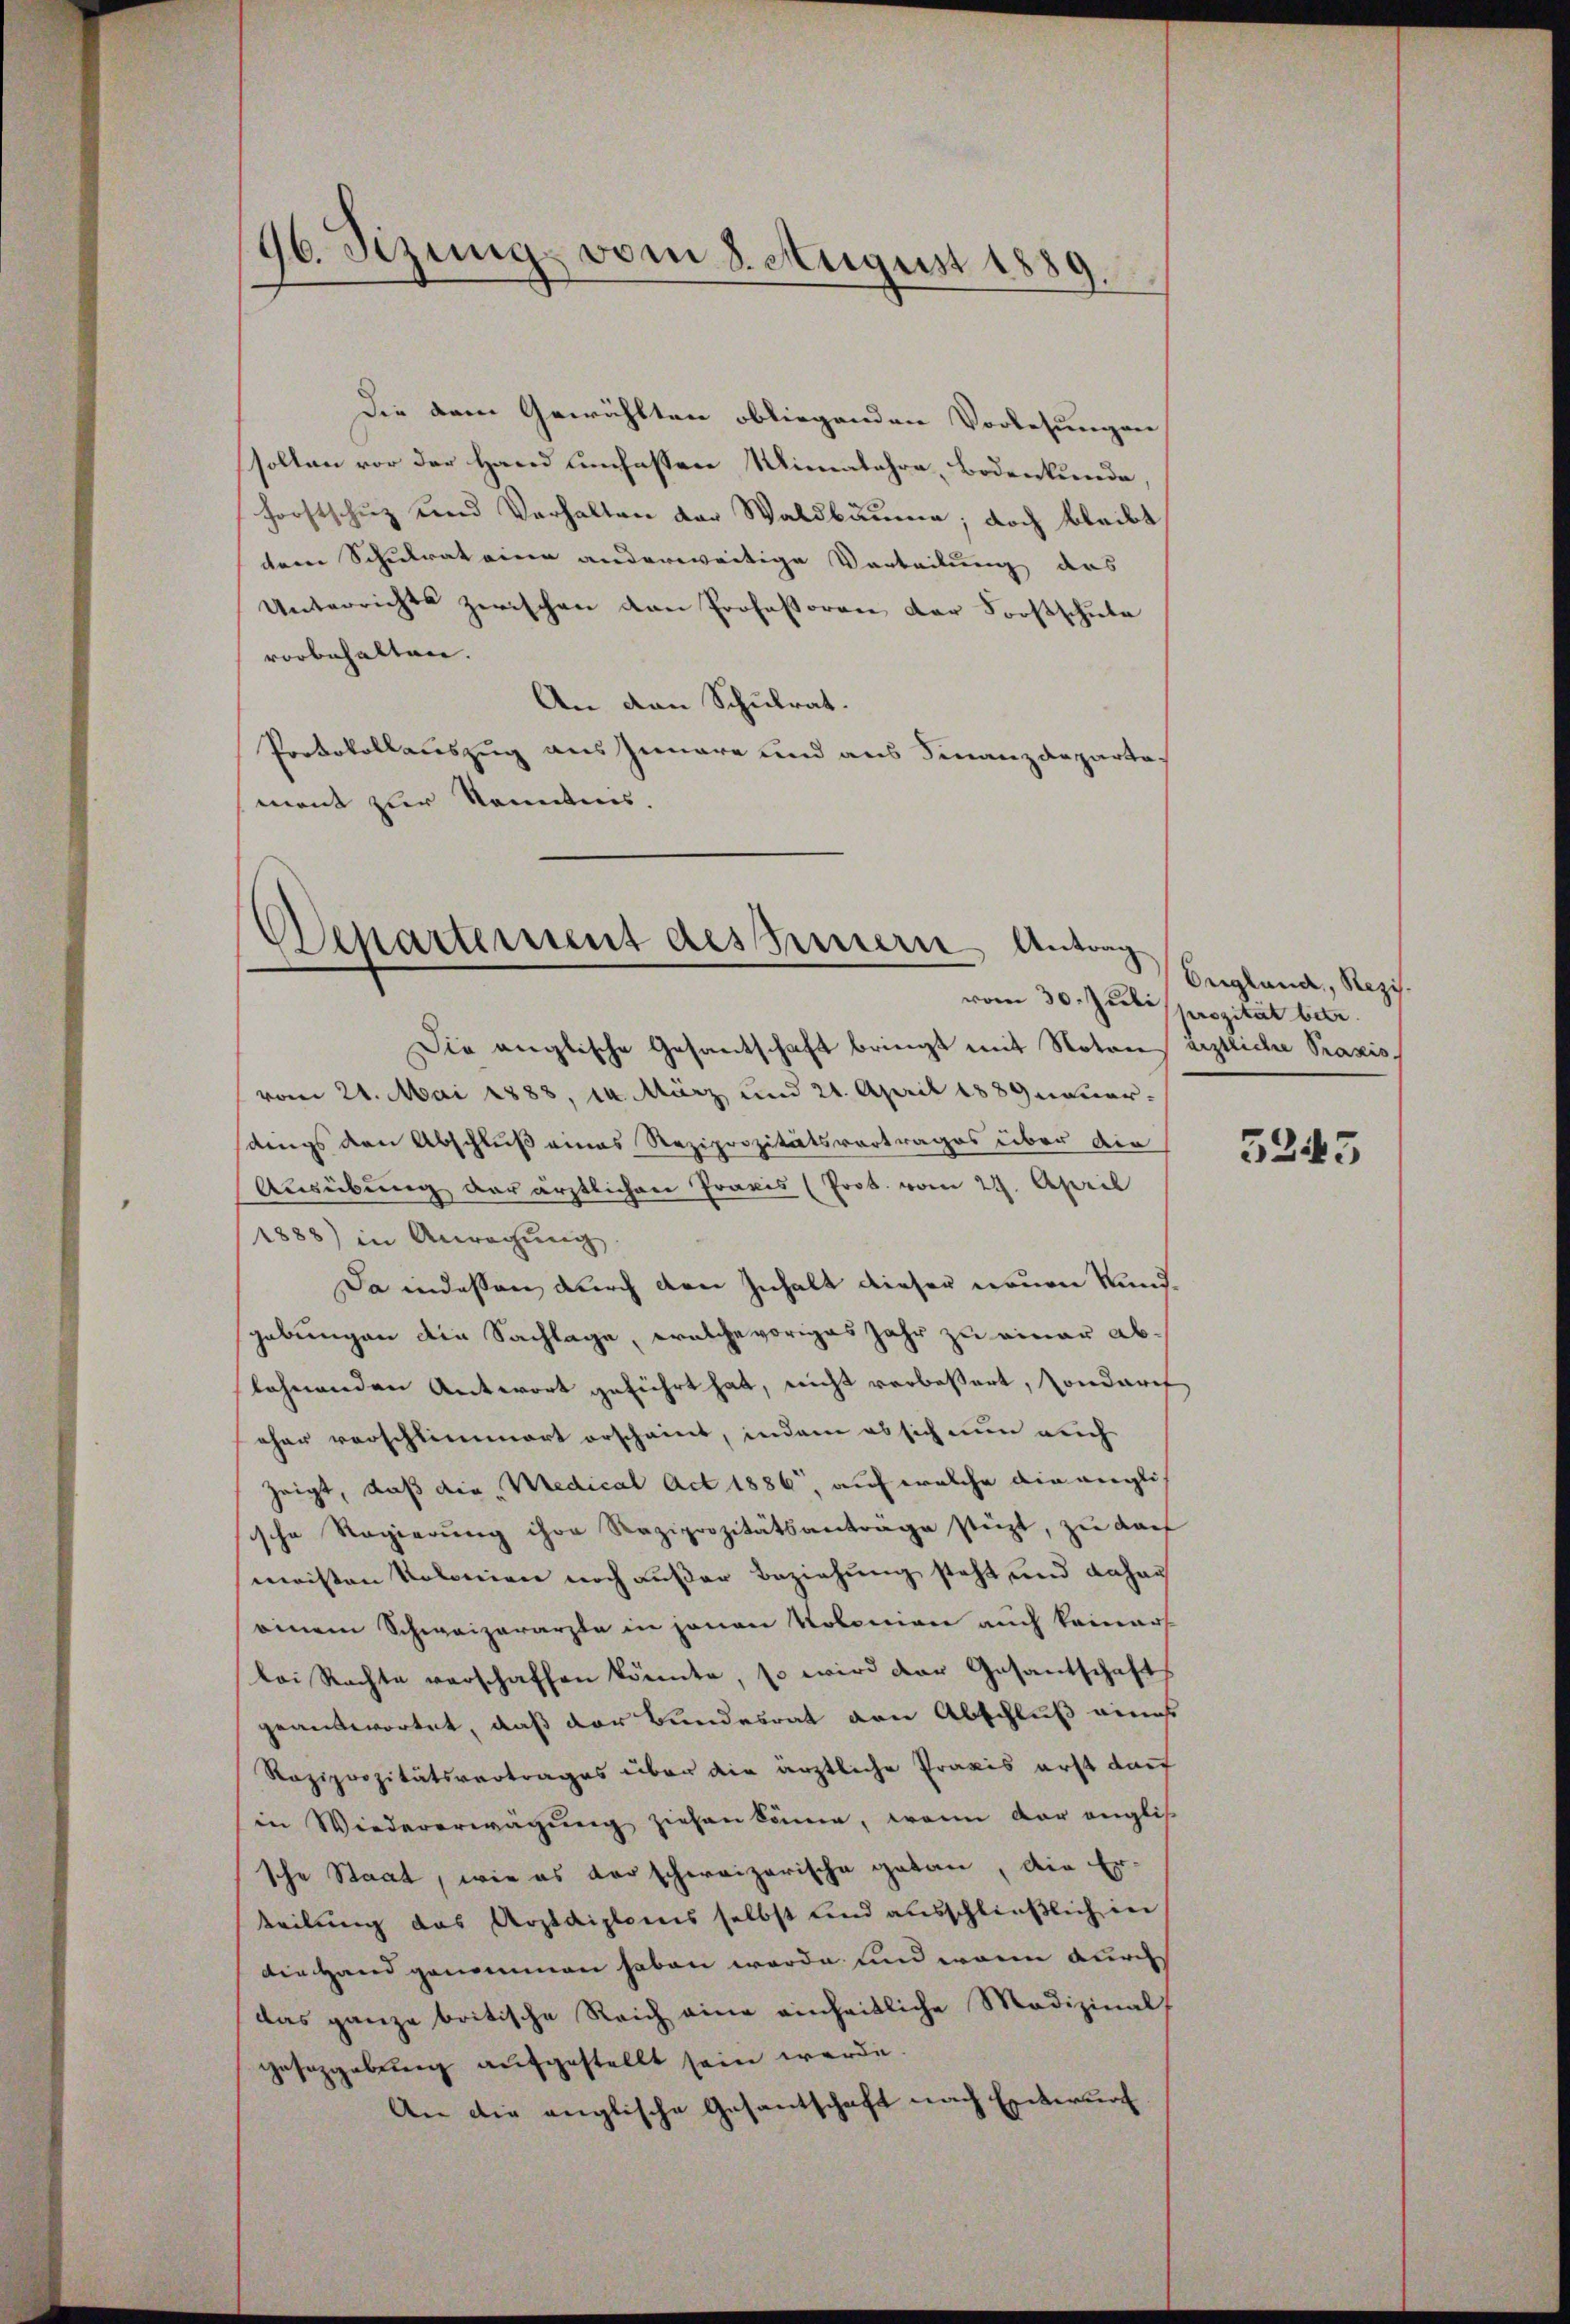
96. Setzung vom 8. August 1889
.

Die dem Gewählten obliegenden Vorlesungen
sollen vor der Hand umfassen Minealehre, Bodenkunde,
Forstschuz und Verhalten der Waldbäume; doch bleibt
dem Schulrat eine anderweitige Vorteilung des
Unterrichts zwischen den Professoren der Forstschule
vorbehalten.
An den Schulrat.
Protokollauszug aus Innere und aus Finanzdepartament zur konnten.

Departement des Innern Antrag

England, Rezis.
vom 30. Juli sposität betr.

Die anglische Gesandschaft bringt mit Notares ärztliche Praxis,
vom 21. Mai 1888, 14. März und 21. April 188 Incuer-
dings den Abschluß eines Reziprozitätsvortrages über die
Ausübung der ärztlichen Praxis (Prot. vom 29. April
1888) in Anregŭng
Da indessen durch den Inhalt dieser neuen Kundgebungen die Sachlage, welche voriges Jahr zu einer ablehnenden Antwort geführt hat, nicht verbeßert, sonderet
eher verschlimmert erscheint, indem es sich nun auch
zeigt, daß die Medical Act 1886, auf welche die angli
ische Regierung ihre Reziprozitätsanträge stüzt, zu darf
meisten Kolonien noch außer Beziehung steht und dahauf
einem Schwaizararzte in jenen Kolonien auch keiner
lei Rechte verschaffen könnte, so wird der Gesantschafts
geantwortet, daß der Bundesrat von Abschluß eines
Raziprozitätsvortrages über die ärztliche Praxis erst darf
in Wiedererwägung ziehen könne, wenn der englis
sche Staat, wie es darschweizerische getan, die Er-
teilung das Arztdiploms selbst und ausschließlich in
die Hand genommen haben werde und worin durch
das ganze britische Reich eine einheitliche Medizinalf
gesezgebung aufgestellt sein werde.
An die anglische Gesantschaft nach Entwurf

5245